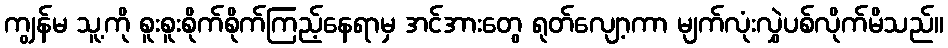
ကျွန်မ သူ့ကို စူးစူးစိုက်စိုက်ကြည့်နေရာမှ အင်အားတွေ ရုတ်လျော့ကာ မျက်လုံးလွှဲပစ်လိုက်မိသည်။